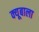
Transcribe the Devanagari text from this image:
क्यूबाला